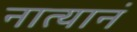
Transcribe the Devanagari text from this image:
नात्यानं